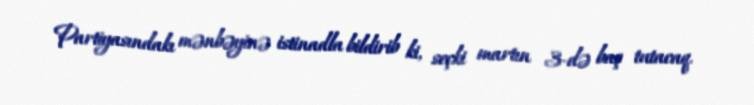
Partiyasındakı mənbəyinə istinadla bildirib ki, seçki martın 3-də baş tutacaq.